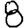
Digit: 8